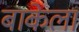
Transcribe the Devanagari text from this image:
बाकेला